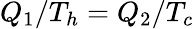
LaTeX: Q_{1}/T_{h}=Q_{2}/T_{c}